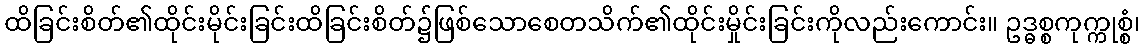
ထိခြင်းစိတ်၏ထိုင်းမိုင်းခြင်းထိခြင်းစိတ်၌ဖြစ်သောစေတသိက်၏ထိုင်းမှိုင်းခြင်းကိုလည်းကောင်း။ ဥဒ္ဓစ္စကုက္ကုစ္စံ၊